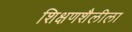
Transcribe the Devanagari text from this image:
शिक्षणशैलीला